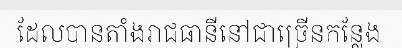
ដែលបានតាំងរាជធានីនៅជាច្រើនកន្លែង